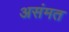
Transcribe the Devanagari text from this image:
असंमत